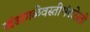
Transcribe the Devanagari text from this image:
खंडागळेवस्तीभंडारेस्ती